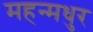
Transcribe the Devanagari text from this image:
महन्मधुर